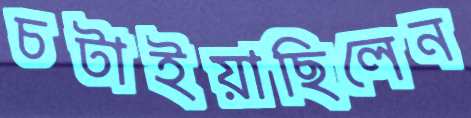
চটাইয়াছিলেন